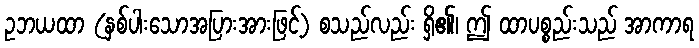
ဥဘယထာ (နှစ်ပါးသောအပြားအားဖြင့်) စသည်လည်း ရှိ၏၊ ဤ ထာပစ္စည်းသည် အာကာရ